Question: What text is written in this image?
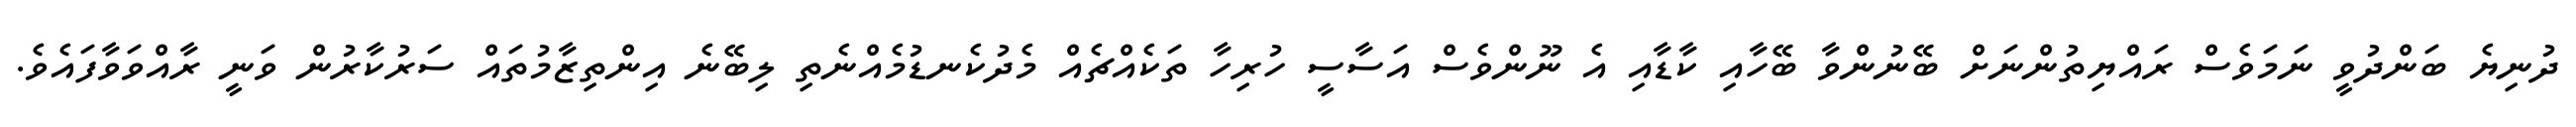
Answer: ދުނިޔެ ބަންދުވީ ނަމަވެސް ރައްޔިތުންނަށް ބޭނުންވާ ބޭހާއި ކާޑާއި އެ ނޫންވެސް އަސާސީ ހުރިހާ ތަކެއްޗެއް މެދުކެނޑުމެއްނެތި ލިބޭނެ އިންތިޒާމުތައް ސަރުކާރުން ވަނީ ރާއްވަވާފައެވެ.